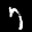
Label: 7